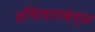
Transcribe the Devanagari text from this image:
हथियारबद्ध